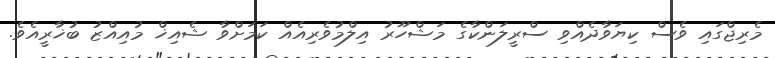
މެރިޖްގައި ވެސް ކިޔަވާދެއްވި ސްރީލަންކާގެ މަޝްހޫރު އިލްމުވެރިއެއް ކަމަށްވާ ޝެއިޚް މުއިއްޒު ބުޚާރީއެވެ.